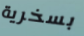
بسخرية